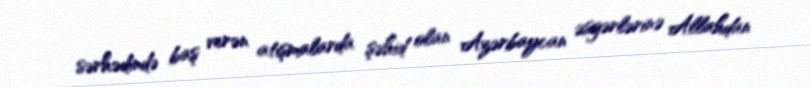
sərhədində baş verən atışmalarda şəhid olan Azərbaycan əsgərlərinə Allahdan